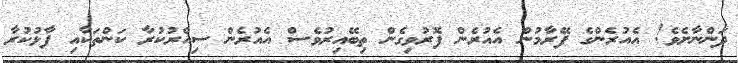
ދަންނާށެވެ! އެއުރެންގެ ފޭރާމުން އެއުރެން ފޮރުވިގެން ތިބޭއިރުވެސް އެއުރެން ސިއްރުކުރާ ކަންތަކާއި ފާޅުކުރާ